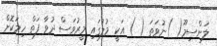
ލަންސިމޫ( )ނުވަތަ ( ) އަކީ މުލުގައި މީރުވަސް ދުވާ ފަތް ހިމަކޮށް